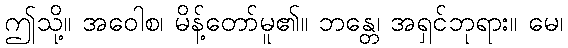
ဤသို့။ အဝေါစ၊ မိန့်တော်မူ၏။ ဘန္တေ၊ အရှင်ဘုရား။ မေ၊